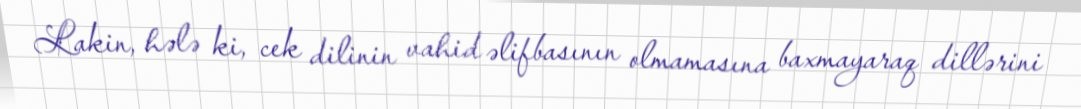
Lakin, hələ ki, cek dilinin vahid əlifbasının olmamasına baxmayaraq dillərini